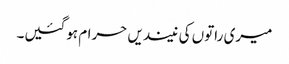
میری راتوں کی نیندیں حرام ہوگئیں۔